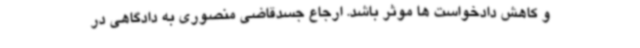
و کاهش دادخواست ها موثر باشد. ارجاع جسدقاضی منصوری به دادگاهی در